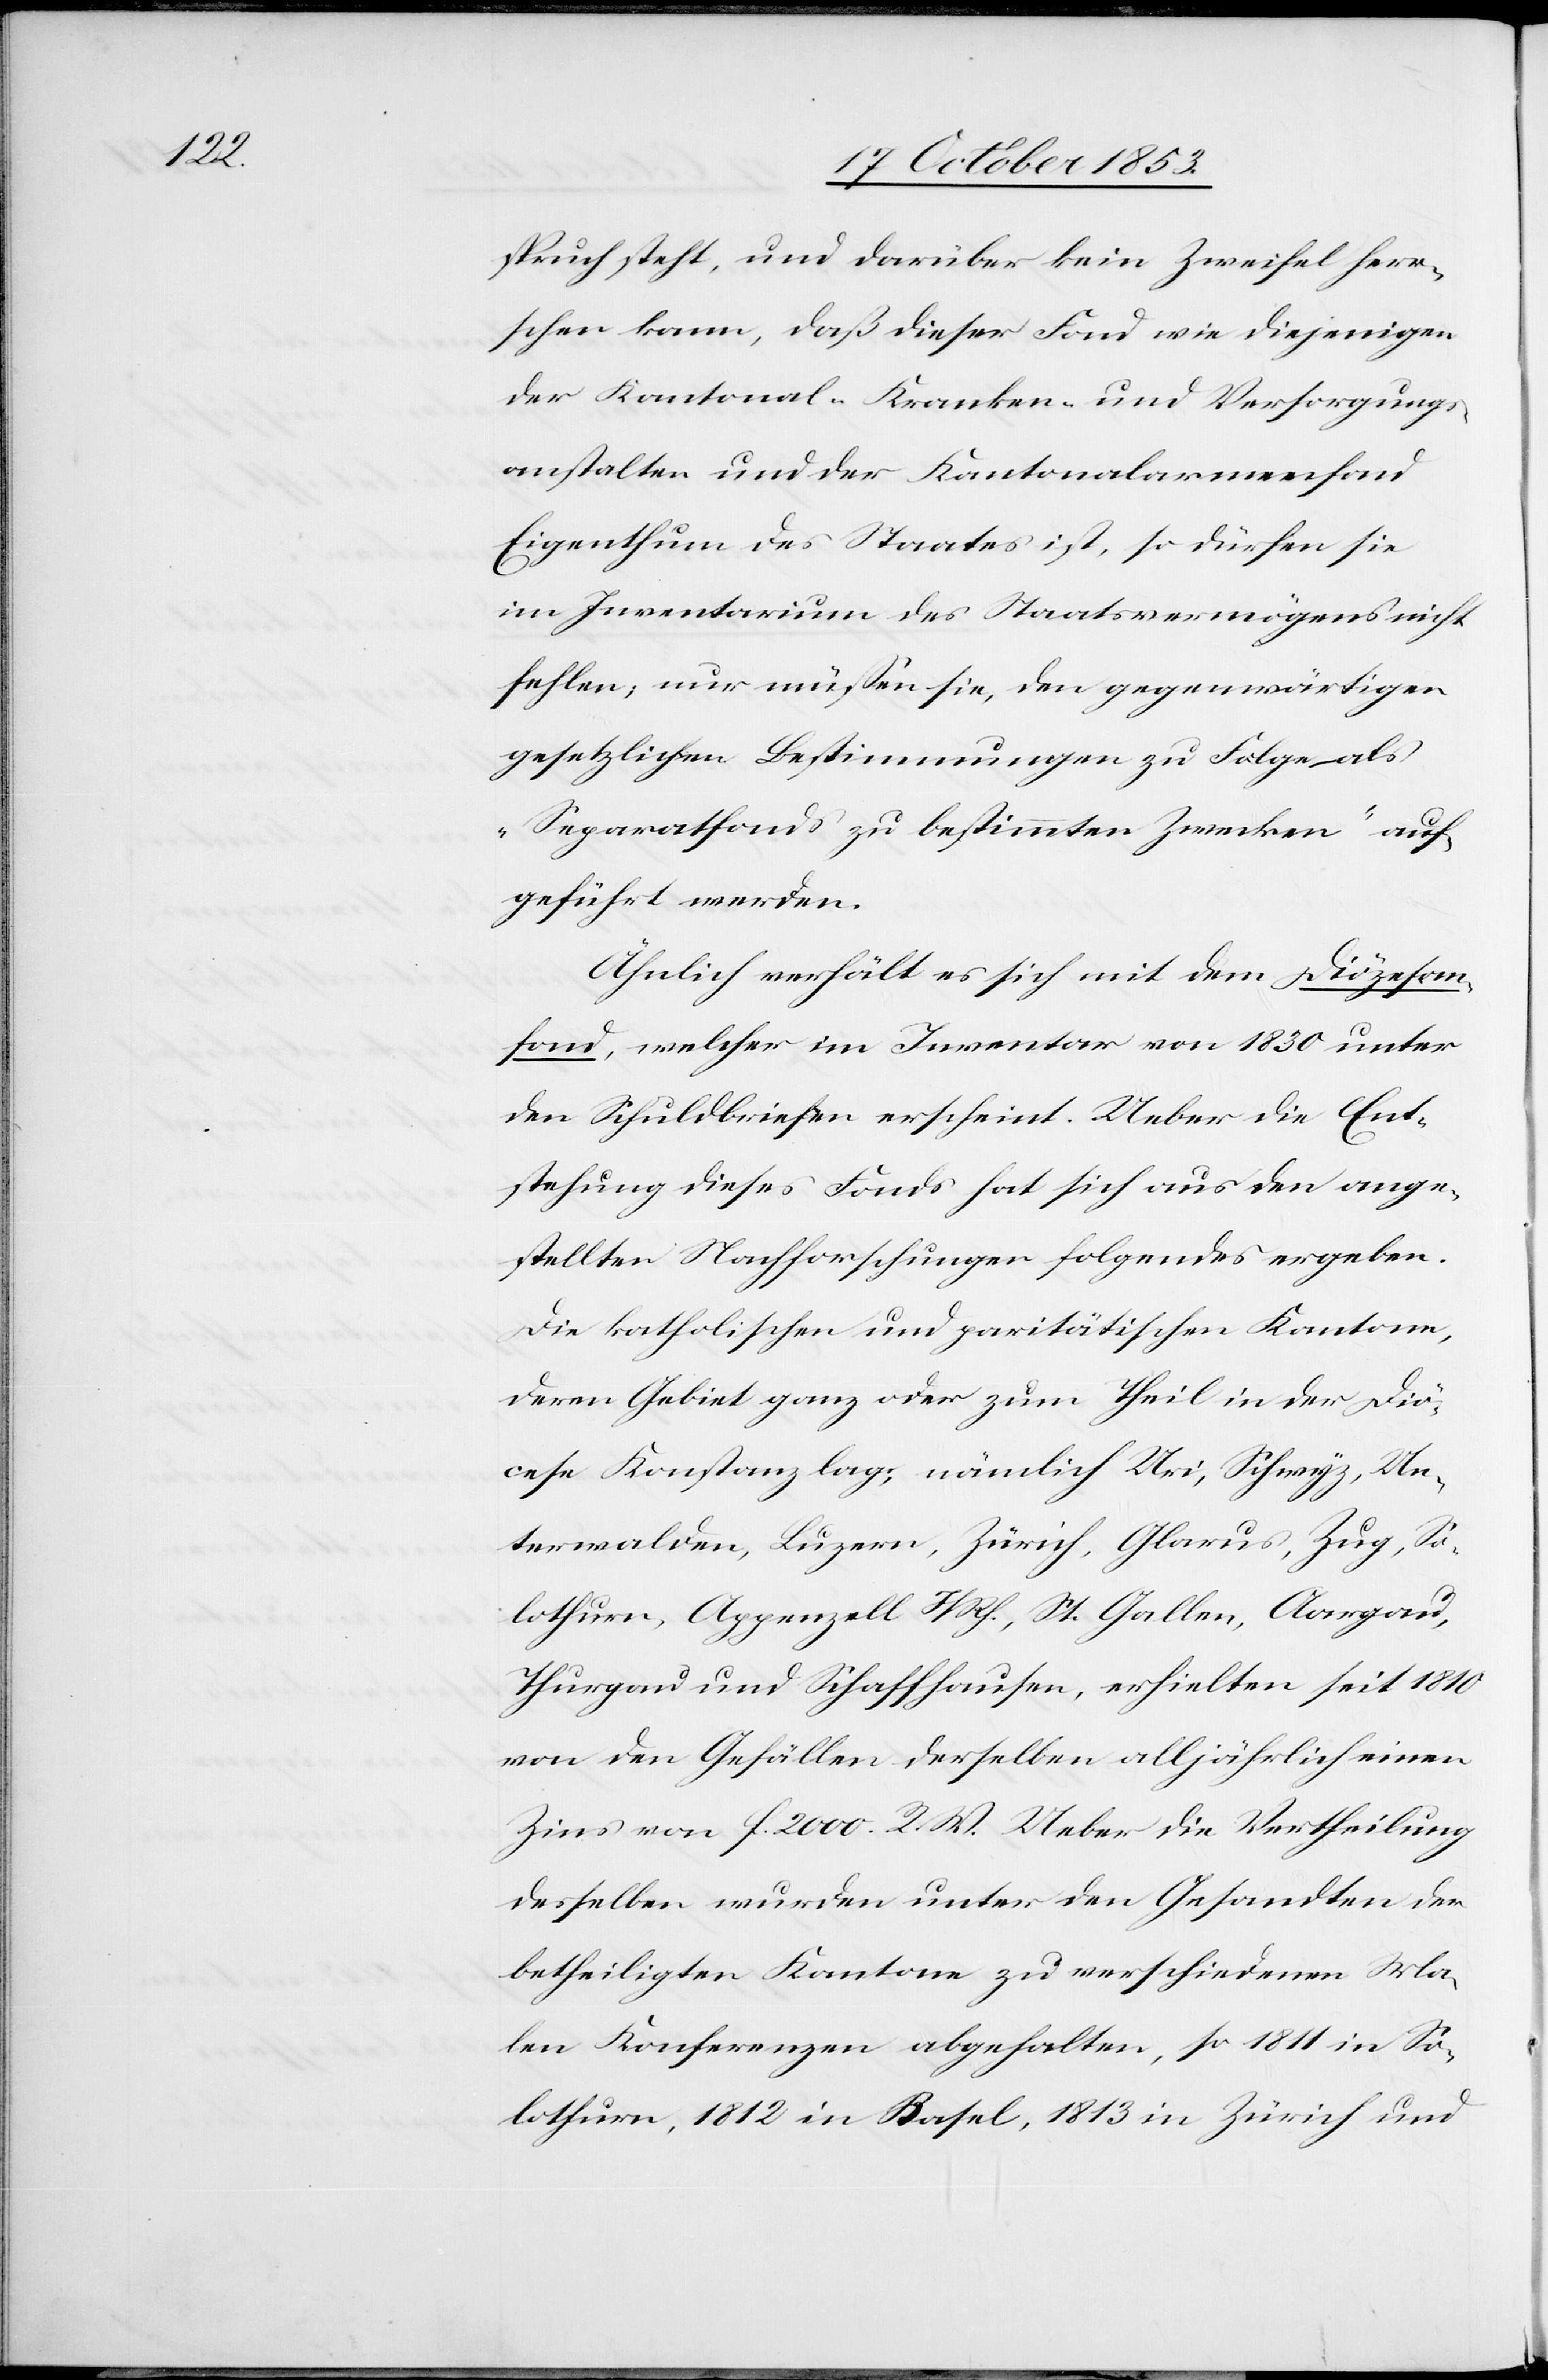
spruch steht, und darüber kein Zweifel herr¬
schen kann, daß dieser Fond wie diejenigen
der Kantonal-Kranken- und Versorgungs¬
anstalten und der Kantonalarmenfond
Eigenthum des Staates ist, so dürfen sie
im Inventarium des Staatsvermögens nicht
fehlen, nur müßen sie, den gegenwärtigen
gesetzlichen Bestimmungen zu Folge als
„Separatfonds zu bestimmten Zwecken“ auf¬
geführt werden.
Ähnlich verhält es sich mit dem Diözesan¬
fond, welcher im Inventar von 1830 unter
den Schuldbriefen erscheint. Ueber die Ent¬
stehung dieses Fonds hat sich aus den ange¬
stellten Nachforschungen folgendes ergeben.
Die katholischen und paritätischen Kantone,
deren Gebiet ganz oder zum Theil in der Diö¬
cese Konstanz lag, nämlich Uri, Schwyz, Un¬
terwalden, Luzern, Zürich, Glarus, Zug, So¬
lothurn, Appenzell I/Rh., St. Gallen, Aargau,
Thurgau und Schaffhausen, erhielten seit 1810
von den Gefällen derselben alljährlich einen
Zins von f. 2000. R. W. Ueber die Vertheilung
desselben wurden unter den Gesandten der
betheiligten Kantone zu verschiedenen Ma¬
len Konferenzen abgehalten, so 1811 in So¬
lothurn, 1812 in Basel, 1813 in Zürich und